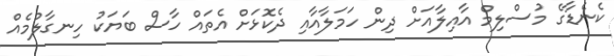
ކެނެޑާގެ މުސްލިމް އާއިލާއަށް ދިން ހަމަލާއާއި ދެކޮޅަށް އެތައް ހާސް ބަޔަކު ހިނގާލުމެއް